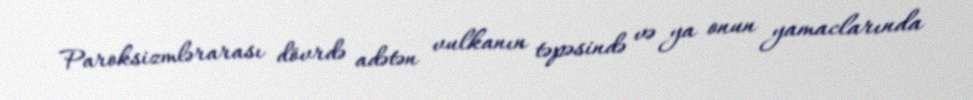
Paroksizmlərarası dövrdə adətən vulkanın təpəsində və ya onun yamaclarında